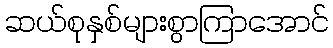
ဆယ်စုနှစ်များစွာကြာအောင်